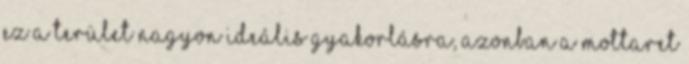
Ez a terület nagyon ideális gyakorlásra, azonban a Mottaret